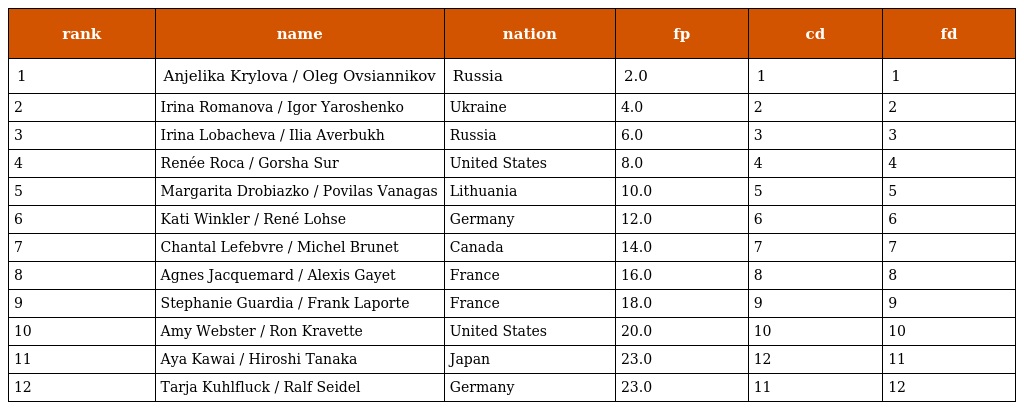
| rank | name | nation | fp | cd | fd |
 | --- | --- | --- | --- | --- | --- |
 | 1 | Anjelika Krylova / Oleg Ovsiannikov | Russia | 2.0 | 1 | 1 |
 | 2 | Irina Romanova / Igor Yaroshenko | Ukraine | 4.0 | 2 | 2 |
 | 3 | Irina Lobacheva / Ilia Averbukh | Russia | 6.0 | 3 | 3 |
 | 4 | Renée Roca / Gorsha Sur | United States | 8.0 | 4 | 4 |
 | 5 | Margarita Drobiazko / Povilas Vanagas | Lithuania | 10.0 | 5 | 5 |
 | 6 | Kati Winkler / René Lohse | Germany | 12.0 | 6 | 6 |
 | 7 | Chantal Lefebvre / Michel Brunet | Canada | 14.0 | 7 | 7 |
 | 8 | Agnes Jacquemard / Alexis Gayet | France | 16.0 | 8 | 8 |
 | 9 | Stephanie Guardia / Frank Laporte | France | 18.0 | 9 | 9 |
 | 10 | Amy Webster / Ron Kravette | United States | 20.0 | 10 | 10 |
 | 11 | Aya Kawai / Hiroshi Tanaka | Japan | 23.0 | 12 | 11 |
 | 12 | Tarja Kuhlfluck / Ralf Seidel | Germany | 23.0 | 11 | 12 |